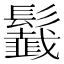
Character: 𩯶